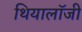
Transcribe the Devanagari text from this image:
थियालॉजी